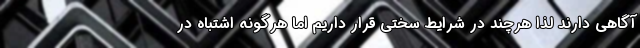
آگاهی دارند لذا هرچند در شرایط سختی قرار داریم اما هرگونه اشتباه در